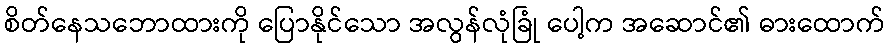
စိတ်နေသဘောထားကို ပြောနိုင်သော အလွန်လုံခြုံ ပေါ့က အဆောင်၏ ဓားထောက်